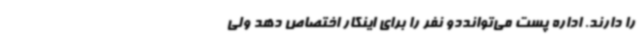
را دارند. اداره پست می‌توانددو نفر را برای اینکار اختصاص دهد ولی